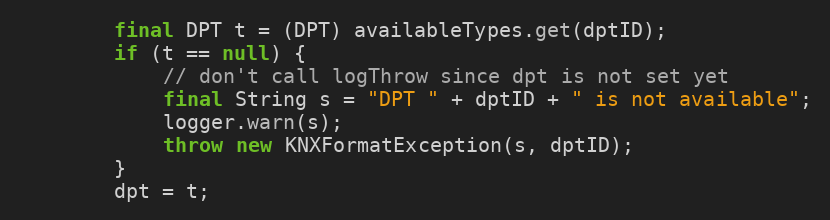
Language: Java
		final DPT t = (DPT) availableTypes.get(dptID);
		if (t == null) {
			// don't call logThrow since dpt is not set yet
			final String s = "DPT " + dptID + " is not available";
			logger.warn(s);
			throw new KNXFormatException(s, dptID);
		}
		dpt = t;